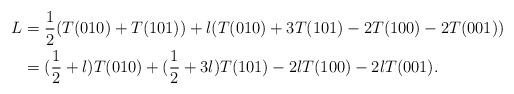
LaTeX: \begin{align*} L&=\frac{1}{2}(T(010)+T(101))+\l(T(010)+3T(101)-2T(100)-2T(001))\\&=(\frac{1}{2}+\l)T(010)+(\frac{1}{2}+3\l)T(101)-2\l T(100)-2\l T(001).\end{align*}